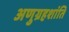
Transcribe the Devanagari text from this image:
अणुग्रहशांति